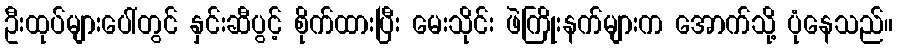
ဦးထုပ်များပေါ်တွင် နှင်းဆီပွင့် စိုက်ထားပြီး မေးသိုင်း ဖဲကြိုးနက်များက အောက်သို့ ပုံနေသည်။